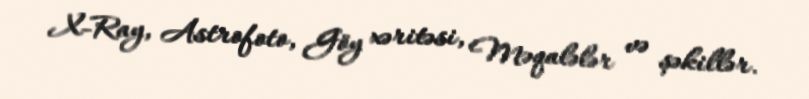
X-Ray, Astrofoto, Göy xəritəsi, Məqalələr və şəkillər.